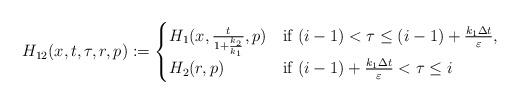
LaTeX: \begin{align*}H_{12}(x,t,\tau ,r,p):=\begin{cases}H_1(x,\frac{t}{1+\frac{k_2}{k_1}},p)& \mbox{if} \ (i-1) < \tau \leq (i-1) + \frac{k_1 \Delta t}{\varepsilon}, \\H_2(r,p)& \mbox{if} \ (i-1)+ \frac{k_1 \Delta t}{\varepsilon} < \tau \leq i\end{cases}\end{align*}